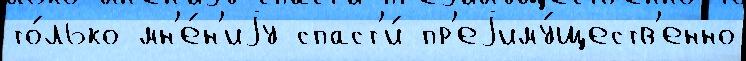
то́лько мн'е́н'иjу спаст'и́ пр'еjиму́ществ'енно